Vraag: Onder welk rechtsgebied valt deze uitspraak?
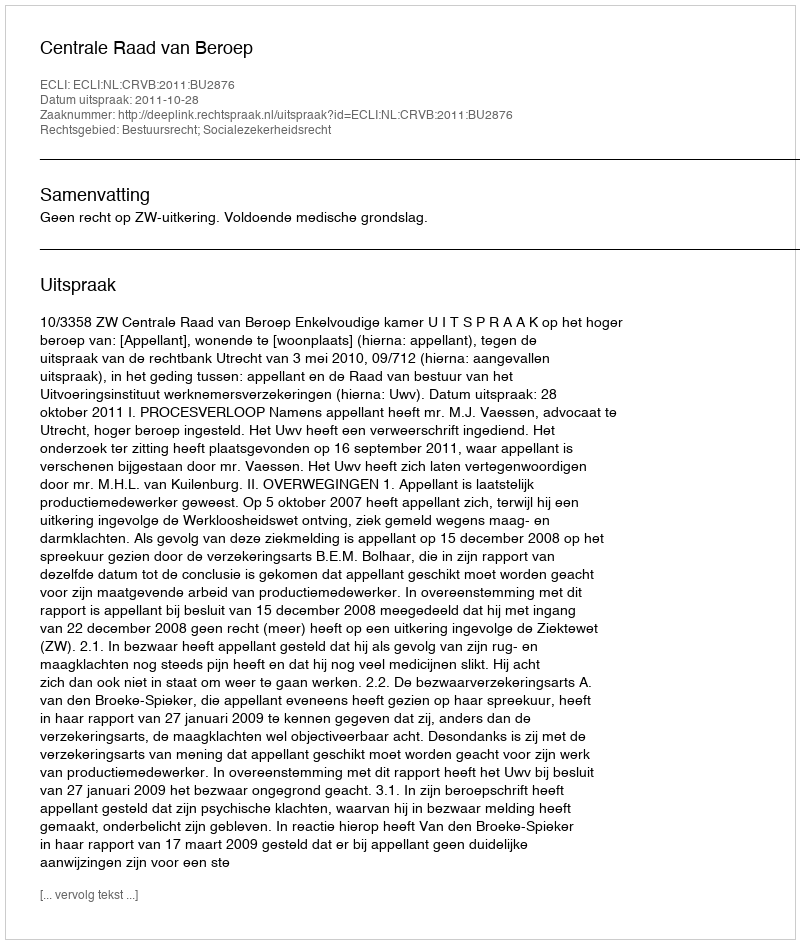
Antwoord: Bestuursrecht; Socialezekerheidsrecht